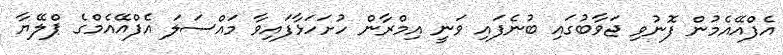
އެފްއޭއެމުން ފޮނުވި ޖަވާބުގައި ބުނެފައި ވަނީ އިމްރާން ހުށަހަޅާފައިވާ މައްސަލަ އެފްއޭއެމްގެ ޕްލޭޔާ